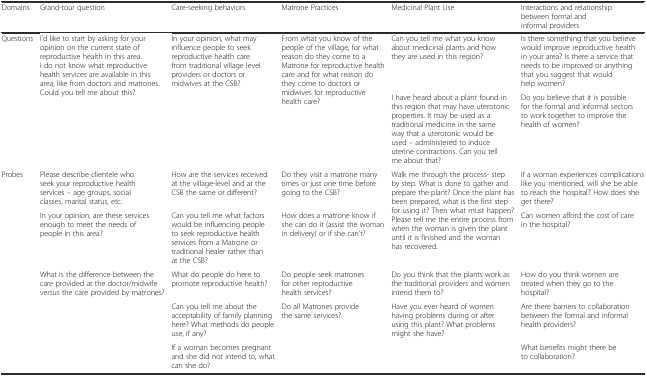
<table><thead><tr><td><b>Domains</b></td><td><b>Grand-tour question</b></td><td><b>Care-seeking behaviors</b></td><td><b>Matrone Practices</b></td><td><b>Medicinal Plant Use</b></td><td><b>Interactions and relationship between formal and informal providers</b></td></tr></thead><tbody><tr><td rowspan="2">Questions</td><td rowspan="2">I&#x27;d like to start by asking for your opinion on the current state of reproductive health in this area. I do not know what reproductive health services are available in this area, like from doctors and matrones. Could you tell me about this?</td><td rowspan="2">In your opinion, what may influence people to seek reproductive health care from traditional village level providers or doctors or midwives at the CSB?</td><td rowspan="2">From what you know of the people of the village, for what reason do they come to a Matrone for reproductive health care and for what reason do they come to doctors or midwives for reproductive health care?</td><td>Can you tell me what you know about medicinal plants and how they are used in this region?</td><td>Is there something that you believe would improve reproductive health in your area? Is there a service that needs to be improved or anything that you suggest that would help women?</td></tr><tr><td>I have heard about a plant found in this region that may have uterotonic properties. It may be used as a traditional medicine in the same way that a uterotonic would be used – administered to induce uterine contractions. Can you tell me about that?</td><td>Do you believe that it is possible for the formal and informal sectors to work together to improve the health of women?</td></tr><tr><td rowspan="5">Probes</td><td>Please describe clientele who seek your reproductive health services – age groups, social classes, marital status, etc.</td><td>How are the services received at the village-level and at the CSB the same or different?</td><td>Do they visit a matrone many times or just one time before going to the CSB?</td><td rowspan="2">Walk me through the process- step by step. What is done to gather and prepare the plant? Once the plant has been prepared, what is the first step for using it? Then what must happen? Please tell me the entire process from when the woman is given the plant until it is finished and the woman has recovered.</td><td>If a woman experiences complications like you mentioned, will she be able to reach the hospital? How does she get there?</td></tr><tr><td>In your opinion, are these services enough to meet the needs of people in this area?</td><td>Can you tell me what factors would be influencing people to seek reproductive health services from a Matrone or traditional healer rather than at the CSB?</td><td>How does a matrone know if she can do it (assist the woman in delivery) or if she can&#x27;t?</td><td>Can women afford the cost of care in the hospital?</td></tr><tr><td rowspan="3">What is the difference between the care provided at the doctor/midwife versus the care provided by matrones?</td><td>What do people do here to promote reproductive health?</td><td>Do people seek matrones for other reproductive health services?</td><td>Do you think that the plants work as the traditional providers and women intend them to?</td><td>How do you think women are treated when they go to the hospital?</td></tr><tr><td>Can you tell me about the acceptability of family planning here? What methods do people use, if any?</td><td rowspan="2">Do all Matrones provide the same services?</td><td rowspan="2">Have you ever heard of women having problems during or after using this plant? What problems might she have?</td><td>Are there barriers to collaboration between the formal and informal health providers?</td></tr><tr><td>If a woman becomes pregnant and she did not intend to, what can she do?</td><td>What benefits might there be to collaboration?</td></tr></tbody></table>